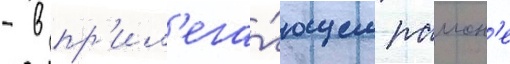
- в пр'ил'ега́ющем раион'е